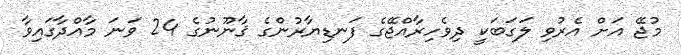
މުޖޭ އަށް އެރުވި ލަގަބަކީ ދިވެހިރާއްޖޭގެ ފަނޑިޔާރުންގެ ޤާނޫނުގެ 24 ވަނަ މާއްދާގައިވާ